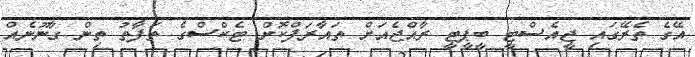
އޭގެ ތެރޭގައި ޖީއެސްޓީ ބީޕީޓީ ރާއްޖެއަށް ތައާރަފްކޮށް ޓެކްސްގެ ތަފާތު ތިން ގާނޫނެއް